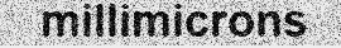
millimicrons